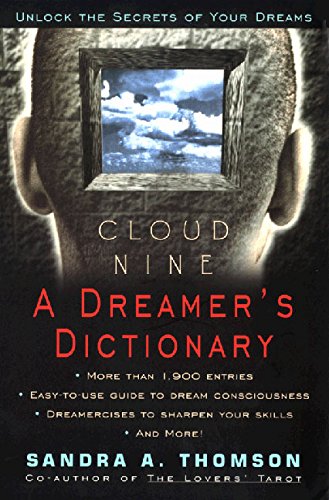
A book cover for Cloud Nine:: A Dreamer's Dictionary; Sandra A. Thomson; Self-Help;